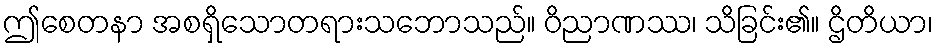
ဤစေတနာ အစရှိသောတရားသဘောသည်။ ဝိညာဏဿ၊ သိခြင်း၏။ ဌိတိယာ၊